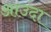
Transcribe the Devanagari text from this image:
आउंदा